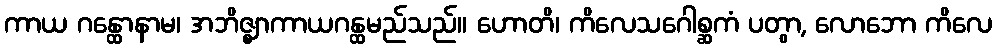
ကာယ ဂန္ထောနာမ၊ အဘိဇ္ဈာကာယဂန္ထမည်သည်။ ဟောတိ၊ ကိလေသဂေါစ္ဆကံ ပတွာ, လောဘော ကိလေ